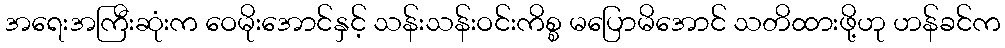
အရေးအကြီးဆုံးက ဝေမိုးအောင်နှင့် သန်းသန်းဝင်းကိစ္စ မပြောမိအောင် သတိထားဖို့ဟု ဟန်ခင်က